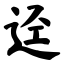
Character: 迳